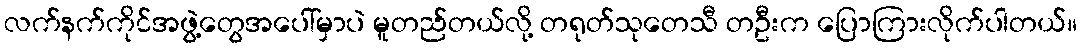
လက်နက်ကိုင်အဖွဲ့တွေအပေါ်မှာပဲ မူတည်တယ်လို့ တရုတ်သုတေသီ တဦးက ပြောကြားလိုက်ပါတယ်။